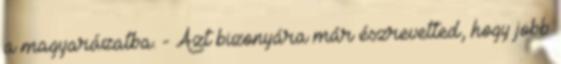
a magyarázatba. - Azt bizonyára már észrevetted, hogy jobb